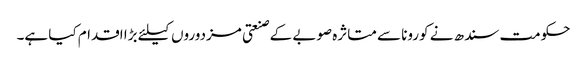
حکومت سندھ نے کورونا سے متاثرہ صوبے کے صنعتی مزدوروں کیلئے بڑا اقدام کیا ہے۔